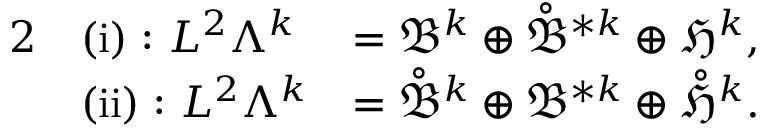
\begin{array} { r l r } { { 2 } } & { \mathrm { ( i ) : ~ } L ^ { 2 } \Lambda ^ { k } } & { = \mathfrak { B } ^ { k } \oplus \mathring { \mathfrak { B } } ^ { \ast k } \oplus \mathfrak { H } ^ { k } , } \\ & { \mathrm { ( i i ) : ~ } L ^ { 2 } \Lambda ^ { k } } & { = \mathring { \mathfrak { B } } ^ { k } \oplus \mathfrak { B } ^ { \ast k } \oplus \mathring { \mathfrak { H } } ^ { k } . } \end{array}